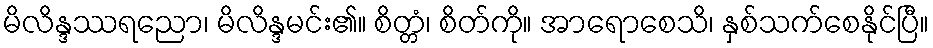
မိလိန္ဒဿရညော၊ မိလိန္ဒမင်း၏။ စိတ္တံ၊ စိတ်ကို။ အာရောစေသိ၊ နှစ်သက်စေနိုင်ပြီ။